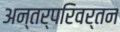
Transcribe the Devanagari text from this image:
अन्तर्परिवर्तन